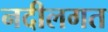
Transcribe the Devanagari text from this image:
नदीलगत